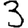
Digit: 3